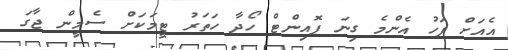
އެއަށް ފަހު އެންމެ ގިނަ ޕޮއިންޓް ހޯދާ ހަތަރު ޓީމަކަށް ސެމީން ޖާގަ